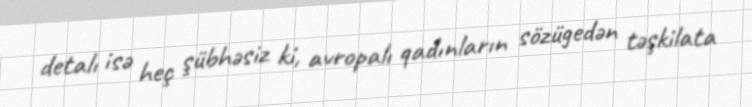
detalı isə heç şübhəsiz ki, avropalı qadınların sözügedən təşkilata